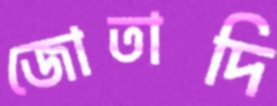
জোতাদি